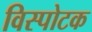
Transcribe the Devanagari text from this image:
विस्पोटक